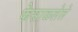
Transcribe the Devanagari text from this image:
फेसाळलेले